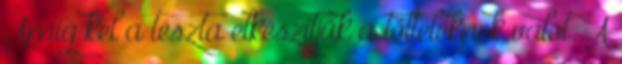
Amíg kel a tészta elkészítjük a tölteléknek valót. A